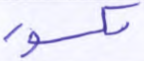
مكسور